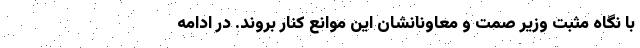
با نگاه مثبت وزیر صمت و معاونانشان این موانع کنار بروند. در ادامه